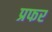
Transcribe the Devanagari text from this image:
प्रफर